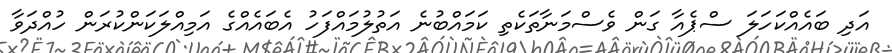
އަދި ބައެއްކަހަލަ ސްޕެއާ ގަން ވެސްމަނާތަކެތި ކަމައްބުނެ އަތުލުމައްފަހު އެބައެއްގެ އަމިއްލަކަންކުރަން ހުއްދަވާ